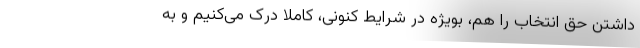
داشتن حق انتخاب را هم، بویژه در شرایط کنونی، کاملا درک می‌کنیم و به